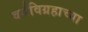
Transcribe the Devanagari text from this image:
वर्गविग्रहाच्या